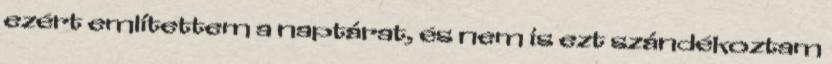
ezért említettem a naptárat, és nem is ezt szándékoztam